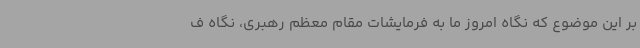
بر این موضوع که نگاه امروز ما به فرمایشات مقام معظم رهبری، نگاه ف